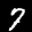
Digit: 7